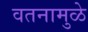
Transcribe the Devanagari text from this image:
वतनामुळे